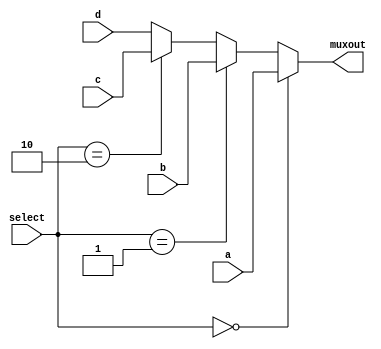
`timescale 1ns / 1ps
//////////////////////////////////////////////////////////////////////////////////
// Company: 
// Engineer: 
// 
// Design Name: 
// Module Name:    four_input_mux 
// Project Name: 
// Target Devices: 
// Tool versions: 
// Description: 
//
// Dependencies: 
//
// Revision: 
// Revision 0.01 - File Created
// Additional Comments: 
//
//////////////////////////////////////////////////////////////////////////////////
module four_input_mux(
 input [31:0] a,
    input [31:0] b,
	 input [31:0] c,
	 input [31:0] d,
    input [1:0] select,
    output reg [31:0] muxout
    );
always@(*)
begin
if(select==2'b00) muxout = a; else
if(select==2'b01)muxout=b; else
if(select==2'b10)muxout=c; else
muxout=d; 
end


endmodule